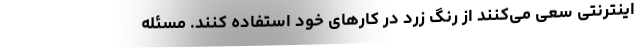
اینترنتی سعی می‌کنند از رنگ زرد در کارهای خود استفاده کنند. مسئله